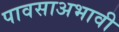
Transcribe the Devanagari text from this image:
पावसाअभावी